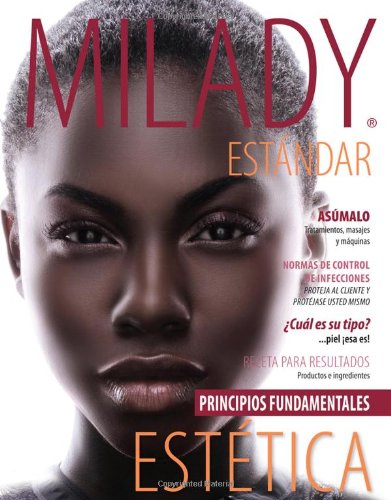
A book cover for Spanish Translated Milady Standard Esthetics: Fundamentals; Milady; Health, Fitness & Dieting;